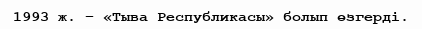
1993 ж. – «Тыва Республикасы» болып өзгерді.